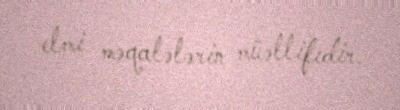
elmi məqalələrin müəllifıdir.